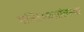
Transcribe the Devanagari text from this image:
मस्तिष्कप्रांतस्था